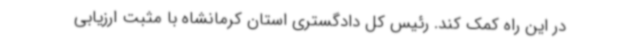
در این راه کمک کند. رئیس کل دادگستری استان کرمانشاه با مثبت ارزیابی